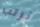
نرتب